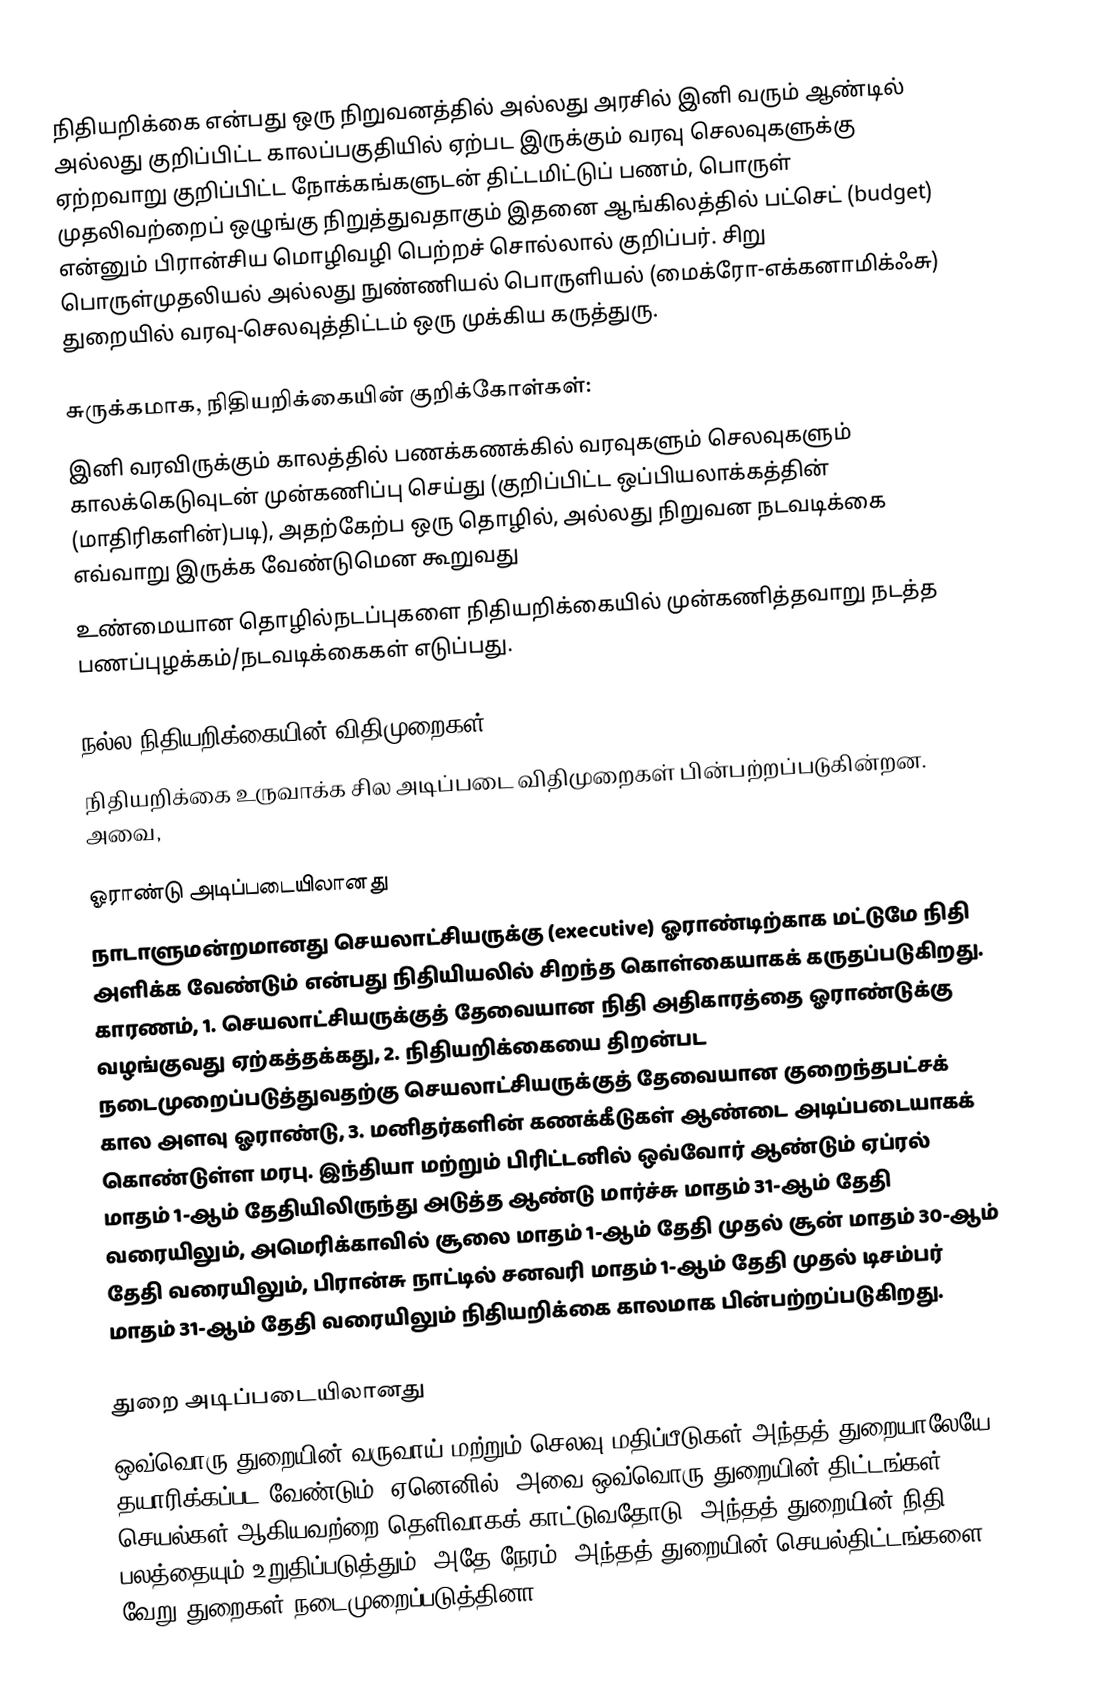
நிதியறிக்கை என்பது ஒரு நிறுவனத்தில் அல்லது அரசில் இனி வரும் ஆண்டில் அல்லது குறிப்பிட்ட காலப்பகுதியில் ஏற்பட இருக்கும் வரவு செலவுகளுக்கு ஏற்றவாறு குறிப்பிட்ட நோக்கங்களுடன் திட்டமிட்டுப் பணம், பொருள் முதலிவற்றைப் ஒழுங்கு நிறுத்துவதாகும் இதனை ஆங்கிலத்தில் பட்செட் (budget) என்னும் பிரான்சிய மொழிவழி பெற்றச் சொல்லால் குறிப்பர். சிறு பொருள்முதலியல் அல்லது நுண்ணியல் பொருளியல் (மைக்ரோ-எக்கனாமிக்ஃசு) துறையில் வரவு-செலவுத்திட்டம் ஒரு முக்கிய கருத்துரு.

சுருக்கமாக, நிதியறிக்கையின் குறிக்கோள்கள்:
 இனி வரவிருக்கும் காலத்தில் பணக்கணக்கில் வரவுகளும் செலவுகளும் காலக்கெடுவுடன் முன்கணிப்பு செய்து (குறிப்பிட்ட ஒப்பியலாக்கத்தின் (மாதிரிகளின்)படி), அதற்கேற்ப ஒரு தொழில், அல்லது நிறுவன நடவடிக்கை எவ்வாறு இருக்க வேண்டுமென கூறுவது
 உண்மையான தொழில்நடப்புகளை நிதியறிக்கையில் முன்கணித்தவாறு நடத்த பணப்புழக்கம்/நடவடிக்கைகள் எடுப்பது.

நல்ல நிதியறிக்கையின் விதிமுறைகள்
நிதியறிக்கை உருவாக்க சில அடிப்படை விதிமுறைகள் பின்பற்றப்படுகின்றன. அவை,

ஓராண்டு அடிப்படையிலானது
நாடாளுமன்றமானது செயலாட்சியருக்கு (executive) ஓராண்டிற்காக மட்டுமே நிதி அளிக்க வேண்டும் என்பது நிதியியலில் சிறந்த கொள்கையாகக் கருதப்படுகிறது. காரணம், 1. செயலாட்சியருக்குத் தேவையான நிதி அதிகாரத்தை ஓராண்டுக்கு வழங்குவது ஏற்கத்தக்கது, 2. நிதியறிக்கையை திறன்பட நடைமுறைப்படுத்துவதற்கு செயலாட்சியருக்குத் தேவையான குறைந்தபட்சக் கால அளவு ஓராண்டு, 3. மனிதர்களின் கணக்கீடுகள் ஆண்டை அடிப்படையாகக் கொண்டுள்ள மரபு. இந்தியா மற்றும் பிரிட்டனில் ஒவ்வோர் ஆண்டும் ஏப்ரல் மாதம் 1-ஆம் தேதியிலிருந்து அடுத்த ஆண்டு மார்ச்சு மாதம் 31-ஆம் தேதி வரையிலும், அமெரிக்காவில் சூலை மாதம் 1-ஆம் தேதி முதல் சூன் மாதம் 30-ஆம் தேதி வரையிலும், பிரான்சு நாட்டில் சனவரி மாதம் 1-ஆம் தேதி முதல் டிசம்பர் மாதம் 31-ஆம் தேதி வரையிலும் நிதியறிக்கை காலமாக பின்பற்றப்படுகிறது.

துறை அடிப்படையிலானது
ஒவ்வொரு துறையின் வருவாய் மற்றும் செலவு மதிப்பீடுகள் அந்தத் துறையாலேயே தயாரிக்கப்பட வேண்டும். ஏனெனில், அவை ஒவ்வொரு துறையின் திட்டங்கள், செயல்கள் ஆகியவற்றை தெளிவாகக் காட்டுவதோடு, அந்தத் துறையின் நிதி பலத்தையும் உறுதிப்படுத்தும். அதே நேரம், அந்தத் துறையின் செயல்திட்டங்களை வேறு துறைகள் நடைமுறைப்படுத்தினா